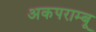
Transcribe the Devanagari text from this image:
अकपराम्बू